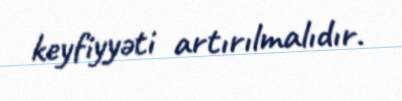
keyfiyyəti artırılmalıdır.